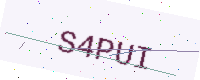
Text: S4PUI